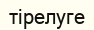
тірелуге